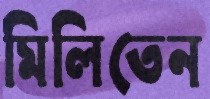
মিলিতেন